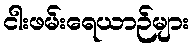
ငါးဖမ်းရေယာဉ်များ